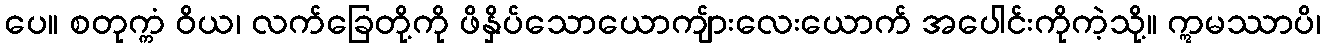
ပေ။ စတုက္ကံ ဝိယ၊ လက်ခြေတို့ကို ဖိနှိပ်သောယောကျ်ားလေးယောက် အပေါင်းကိုကဲ့သို့။ ဣမဿာပိ၊